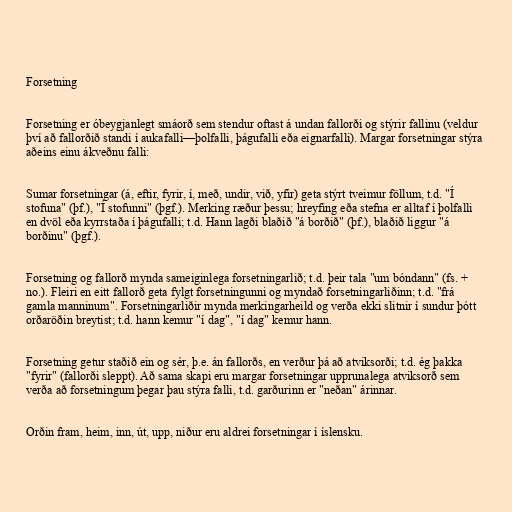
Forsetning

Forsetning er óbeygjanlegt smáorð sem stendur oftast á undan fallorði og stýrir fallinu (veldur
því að fallorðið standi í aukafalli—þolfalli, þágufalli eða eignarfalli). Margar forsetningar stýra
aðeins einu ákveðnu falli:

Sumar forsetningar (á, eftir, fyrir, í, með, undir, við, yfir) geta stýrt tveimur föllum, t.d. "Í
stofuna" (þf.), "Í stofunni" (þgf.). Merking ræður þessu; hreyfing eða stefna er alltaf í þolfalli
en dvöl eða kyrrstaða í þágufalli; t.d. Hann lagði blaðið "á borðið" (þf.), blaðið liggur "á
borðinu" (þgf.).

Forsetning og fallorð mynda sameiginlega forsetningarlið; t.d. þeir tala "um bóndann" (fs. +
no.). Fleiri en eitt fallorð geta fylgt forsetningunni og myndað forsetningarliðinn; t.d. "frá
gamla manninum". Forsetningarliðir mynda merkingarheild og verða ekki slitnir í sundur þótt
orðaröðin breytist; t.d. hann kemur "í dag", "í dag" kemur hann.

Forsetning getur staðið ein og sér, þ.e. án fallorðs, en verður þá að atviksorði; t.d. ég þakka
"fyrir" (fallorði sleppt). Að sama skapi eru margar forsetningar upprunalega atviksorð sem
verða að forsetningum þegar þau stýra falli, t.d. garðurinn er "neðan" árinnar.

Orðin fram, heim, inn, út, upp, niður eru aldrei forsetningar í íslensku.